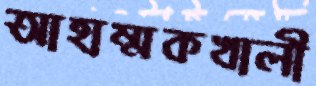
আহাম্মকখালী